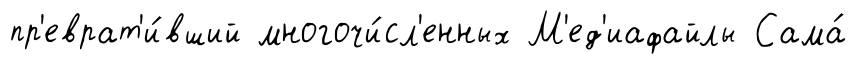
пр'еврат'и́вший многочи́сл'енных М'ед'иафайлы Сама́